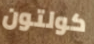
كولتون